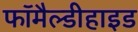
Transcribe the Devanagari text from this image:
फॉमैल्डीहाइड